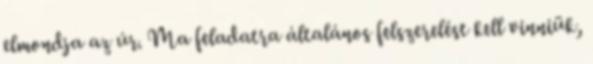
elmondja az úr. Ma feladatra általános felszerelést kell vinniük,